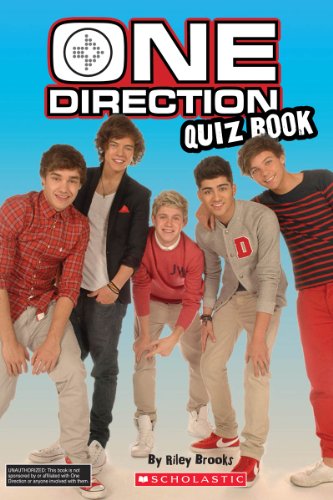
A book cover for One Direction: Quiz Book; Riley Brooks; Children's Books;